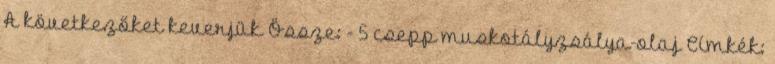
A következőket keverjük Össze: - 5 csepp muskotályzsálya-olaj Címkék: